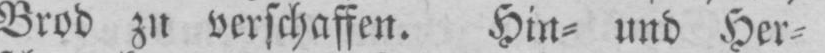
Brod zu verschaffen. Hin⸗ und Her⸗